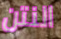
النتن